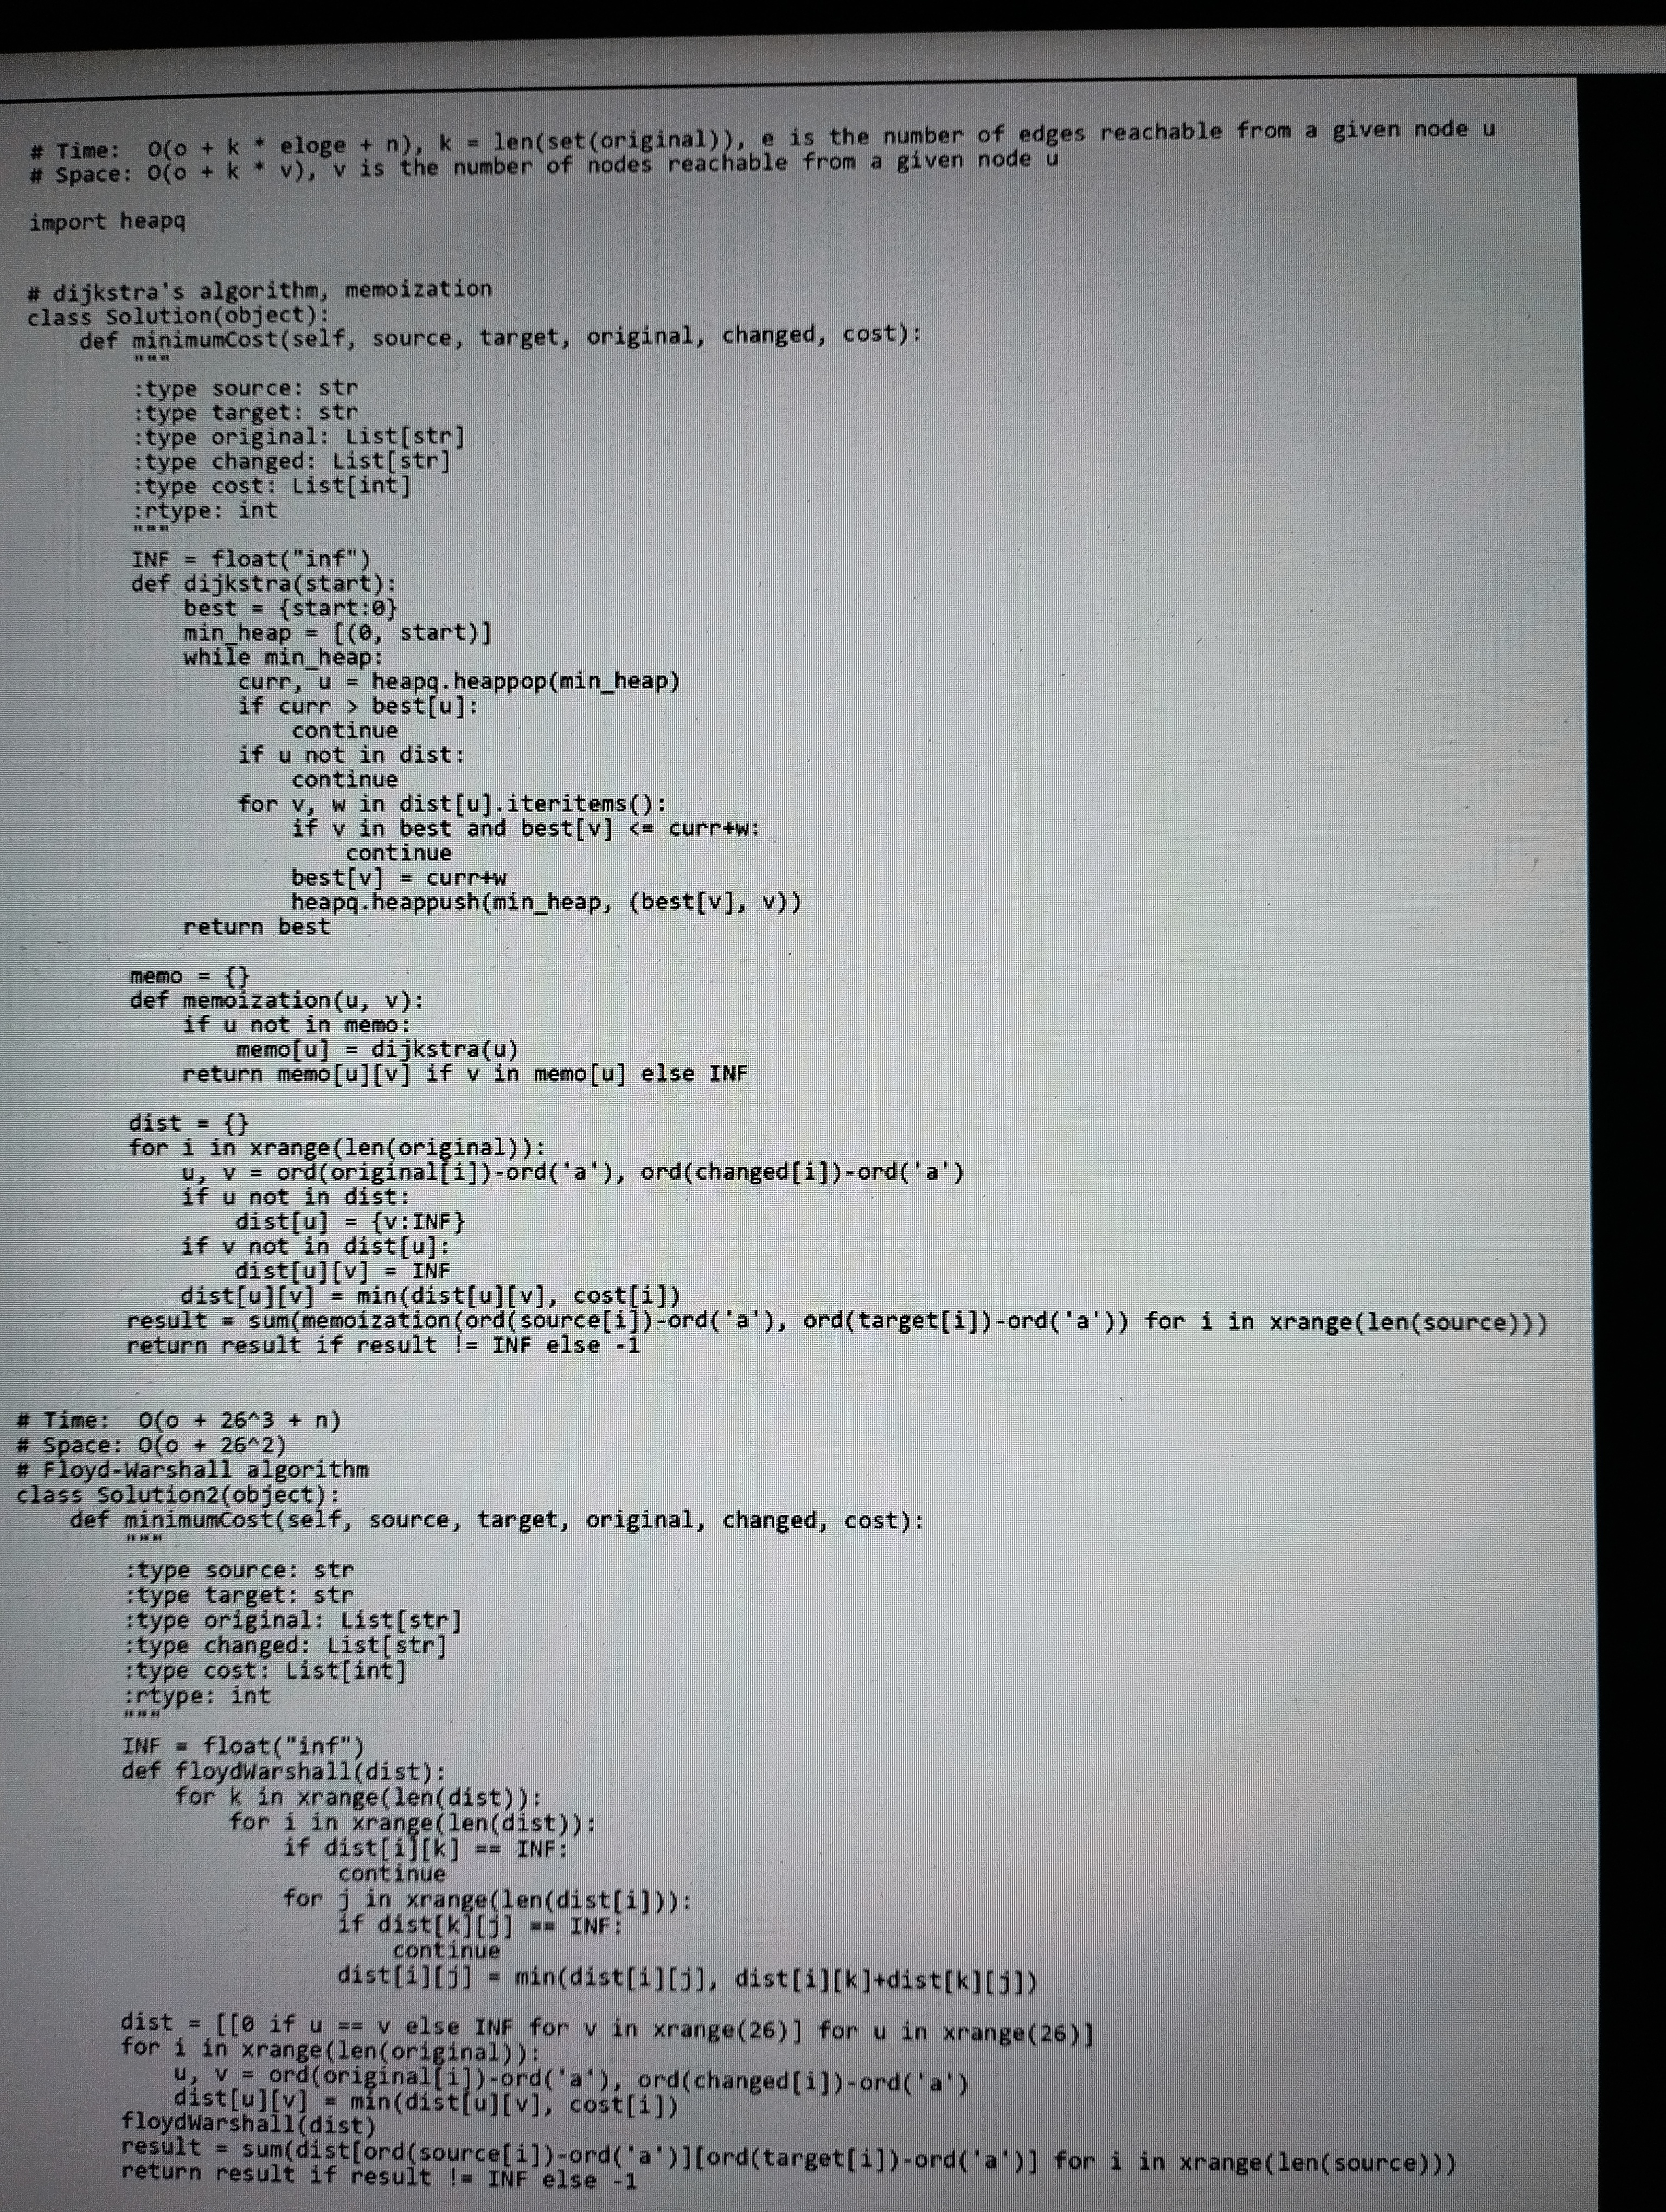
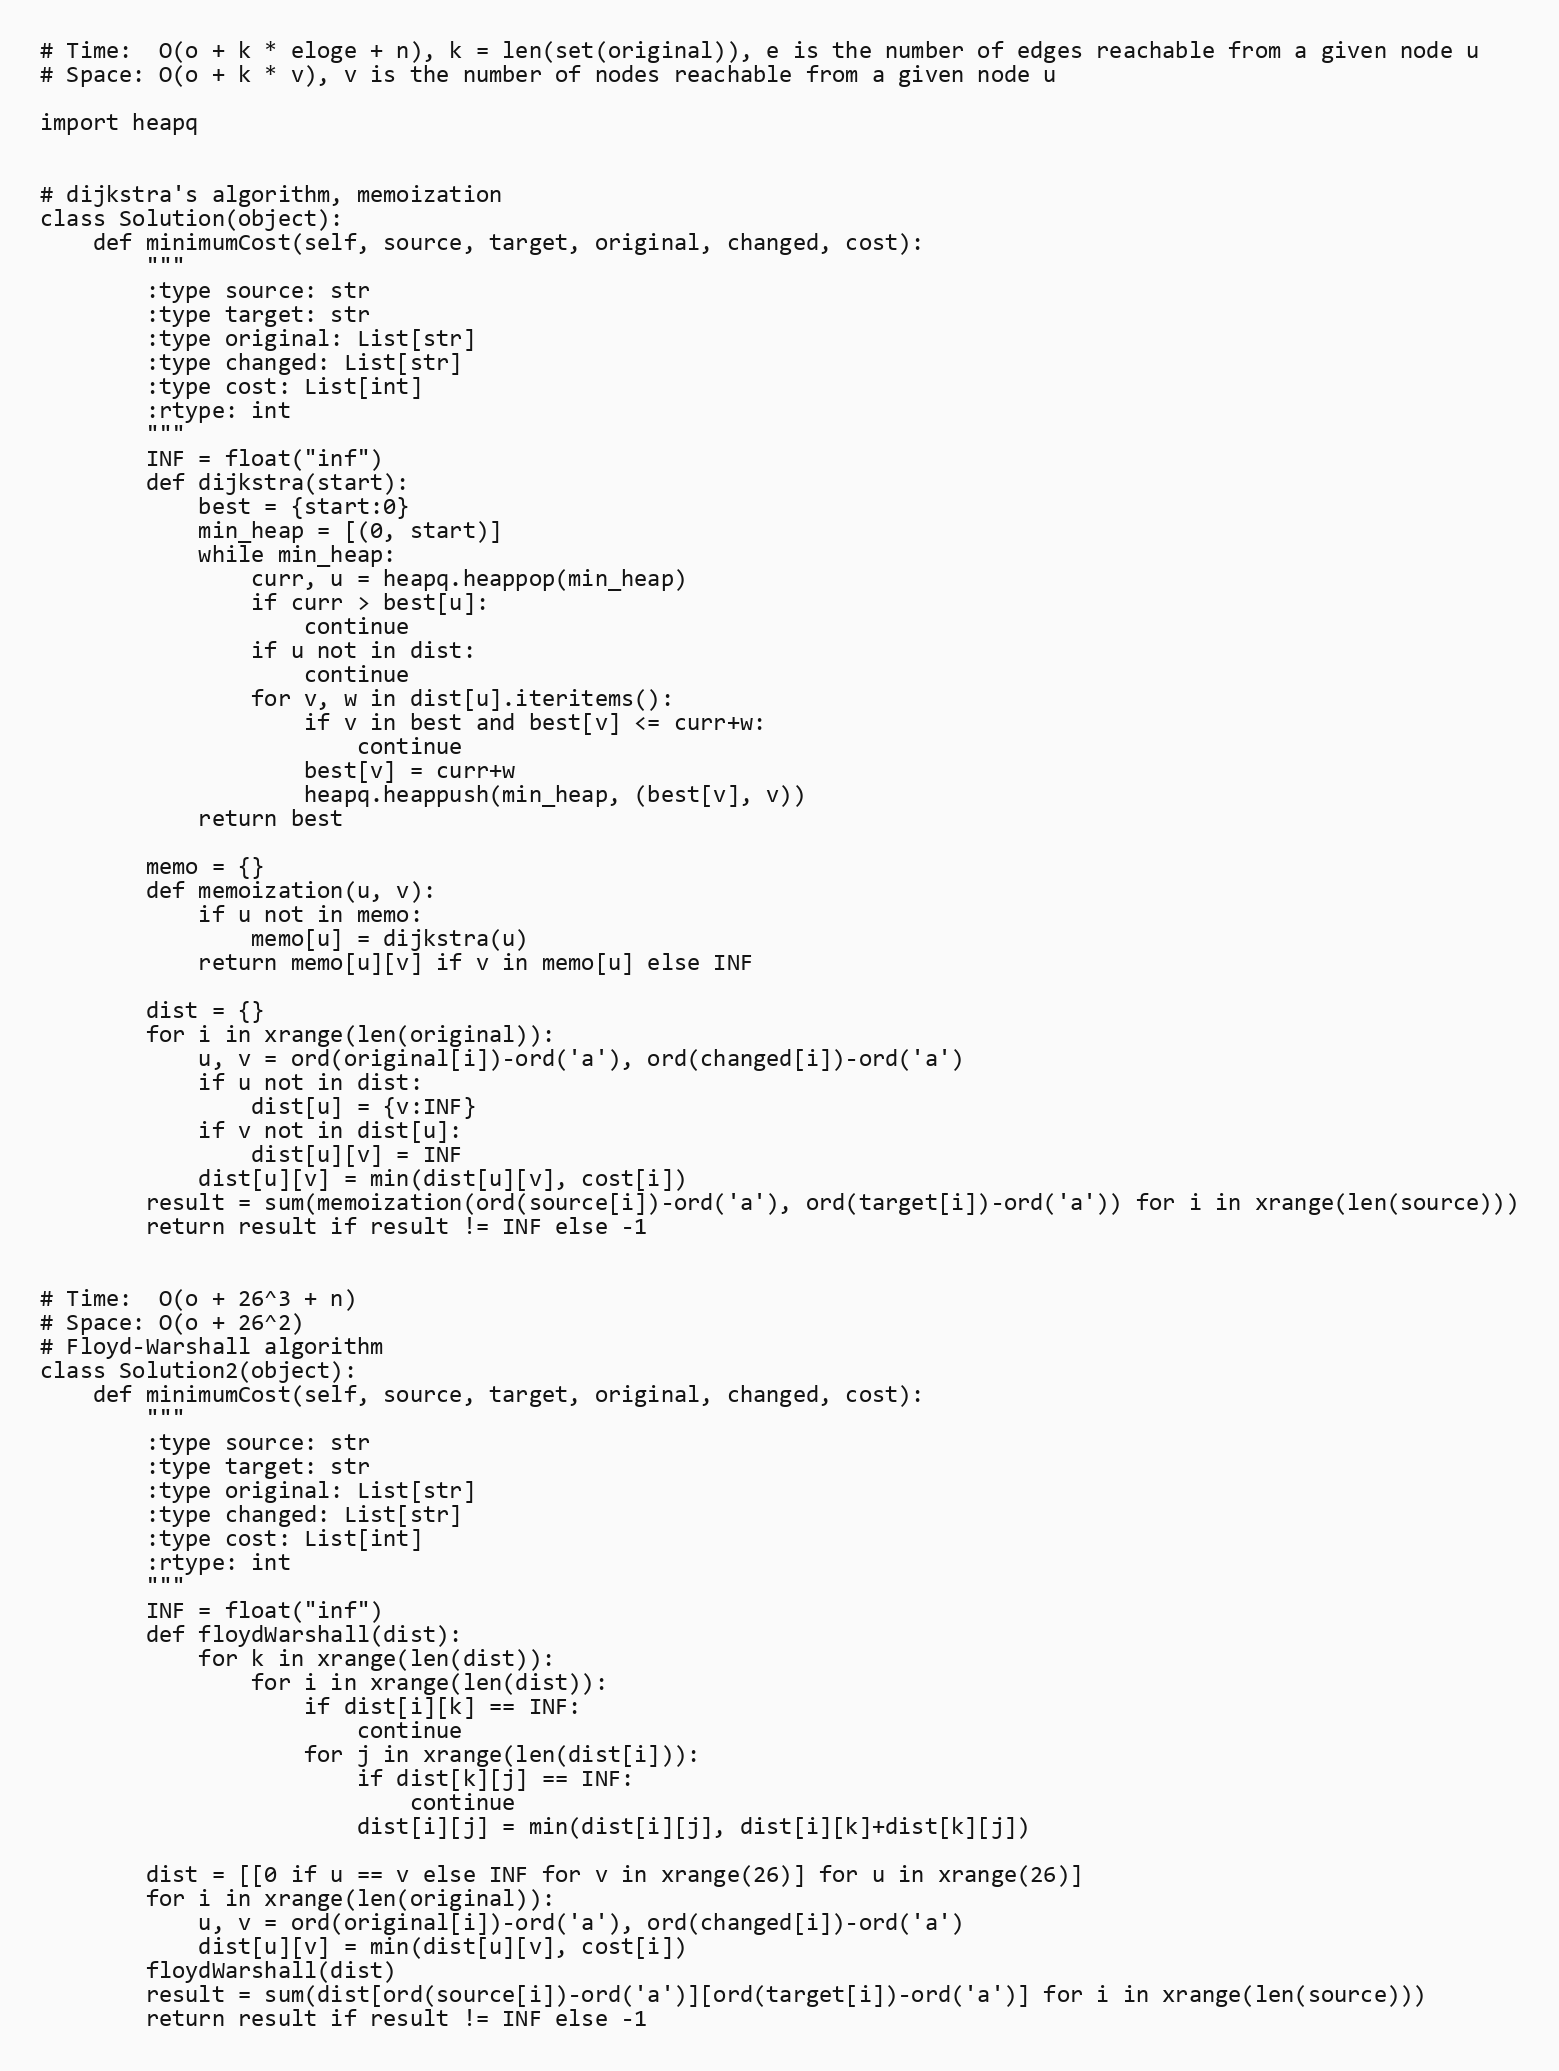
# Time:  O(o + k * eloge + n), k = len(set(original)), e is the number of edges reachable from a given node u
# Space: O(o + k * v), v is the number of nodes reachable from a given node u

import heapq

# dijkstra's algorithm, memoization
class Solution(object):
    def minimumCost(self, source, target, original, changed, cost):
        """
        :type source: str
        :type target: str
        :type original: List[str]
        :type changed: List[str]
        :type cost: List[int]
        :rtype: int
        """
        INF = float("inf")
        def dijkstra(start):
            best = {start:0}
            min_heap = [(0, start)]
            while min_heap:
                curr, u = heapq.heappop(min_heap)
                if curr > best[u]:
                    continue
                if u not in dist:
                    continue
                for v, w in dist[u].iteritems():
                    if v in best and best[v] <= curr+w:
                        continue
                    best[v] = curr+w
                    heapq.heappush(min_heap, (best[v], v))
            return best

        memo = {}
        def memoization(u, v):
            if u not in memo:
                memo[u] = dijkstra(u)
            return memo[u][v] if v in memo[u] else INF

        dist = {}
        for i in xrange(len(original)):
            u, v = ord(original[i])-ord('a'), ord(changed[i])-ord('a')
            if u not in dist:
                dist[u] = {v:INF}
            if v not in dist[u]:
                dist[u][v] = INF
            dist[u][v] = min(dist[u][v], cost[i])
        result = sum(memoization(ord(source[i])-ord('a'), ord(target[i])-ord('a')) for i in xrange(len(source)))
        return result if result != INF else -1

# Time:  O(o + 26^3 + n)
# Space: O(o + 26^2)
# Floyd-Warshall algorithm
class Solution2(object):
    def minimumCost(self, source, target, original, changed, cost):
        """
        :type source: str
        :type target: str
        :type original: List[str]
        :type changed: List[str]
        :type cost: List[int]
        :rtype: int
        """
        INF = float("inf")
        def floydWarshall(dist):
            for k in xrange(len(dist)):
                for i in xrange(len(dist)):
                    if dist[i][k] == INF:
                        continue
                    for j in xrange(len(dist[i])):
                        if dist[k][j] == INF:
                            continue
                        dist[i][j] = min(dist[i][j], dist[i][k]+dist[k][j])

        dist = [[0 if u == v else INF for v in xrange(26)] for u in xrange(26)]
        for i in xrange(len(original)):
            u, v = ord(original[i])-ord('a'), ord(changed[i])-ord('a')
            dist[u][v] = min(dist[u][v], cost[i])
        floydWarshall(dist)
        result = sum(dist[ord(source[i])-ord('a')][ord(target[i])-ord('a')] for i in xrange(len(source)))
        return result if result != INF else -1